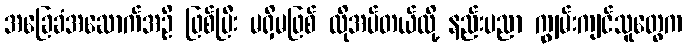
အခြေခံအဆောက်အဦ ဖြစ်ပြီး မရှိမဖြစ် လိုအပ်တယ်လို့ နည်းပညာ ကျွမ်းကျင်သူတွေက